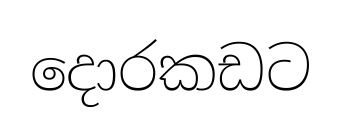
දොරකඩට